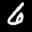
Label: 6